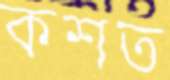
কশত